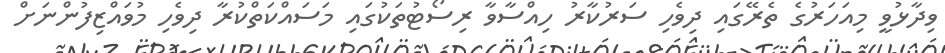
ވިދާޅުވީ މިއަހަރުގެ ތެރޭގައި ދިވެހި ސަރުކާރު ހިއްސާވާ ރިސޯޓުތަކުގައި މަސައްކަތްކުރާ ދިވެހި މުވައްޒިފުންނަށް